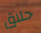
حلاق